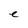
Character: e